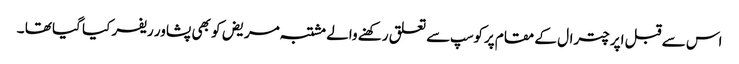
اس سے قبل اپر چترال کے مقام پرکوسپ سے تعلق رکھنے والے مشتبہ مریض کو بھی پشاور ریفر کیا گیا تھا ۔